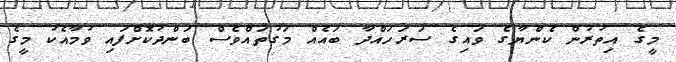
މީގެ އިތުރުން ކެންޔާގެ ވައިގެ ސަރަހައްދާ ބައެއް މަގުތައްވެސް ބަންދުކޮށްފައި ވުމާއެކު މީގެ